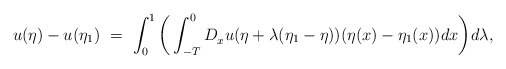
\begin{align*}u(\eta) - u(\eta_1) \ = \ \int_0^1 \bigg( \int_{-T}^0 D_x^{}u(\eta + \lambda(\eta_1-\eta))(\eta(x)-\eta_1(x)) dx\bigg) d\lambda,\end{align*}